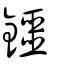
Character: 鑩